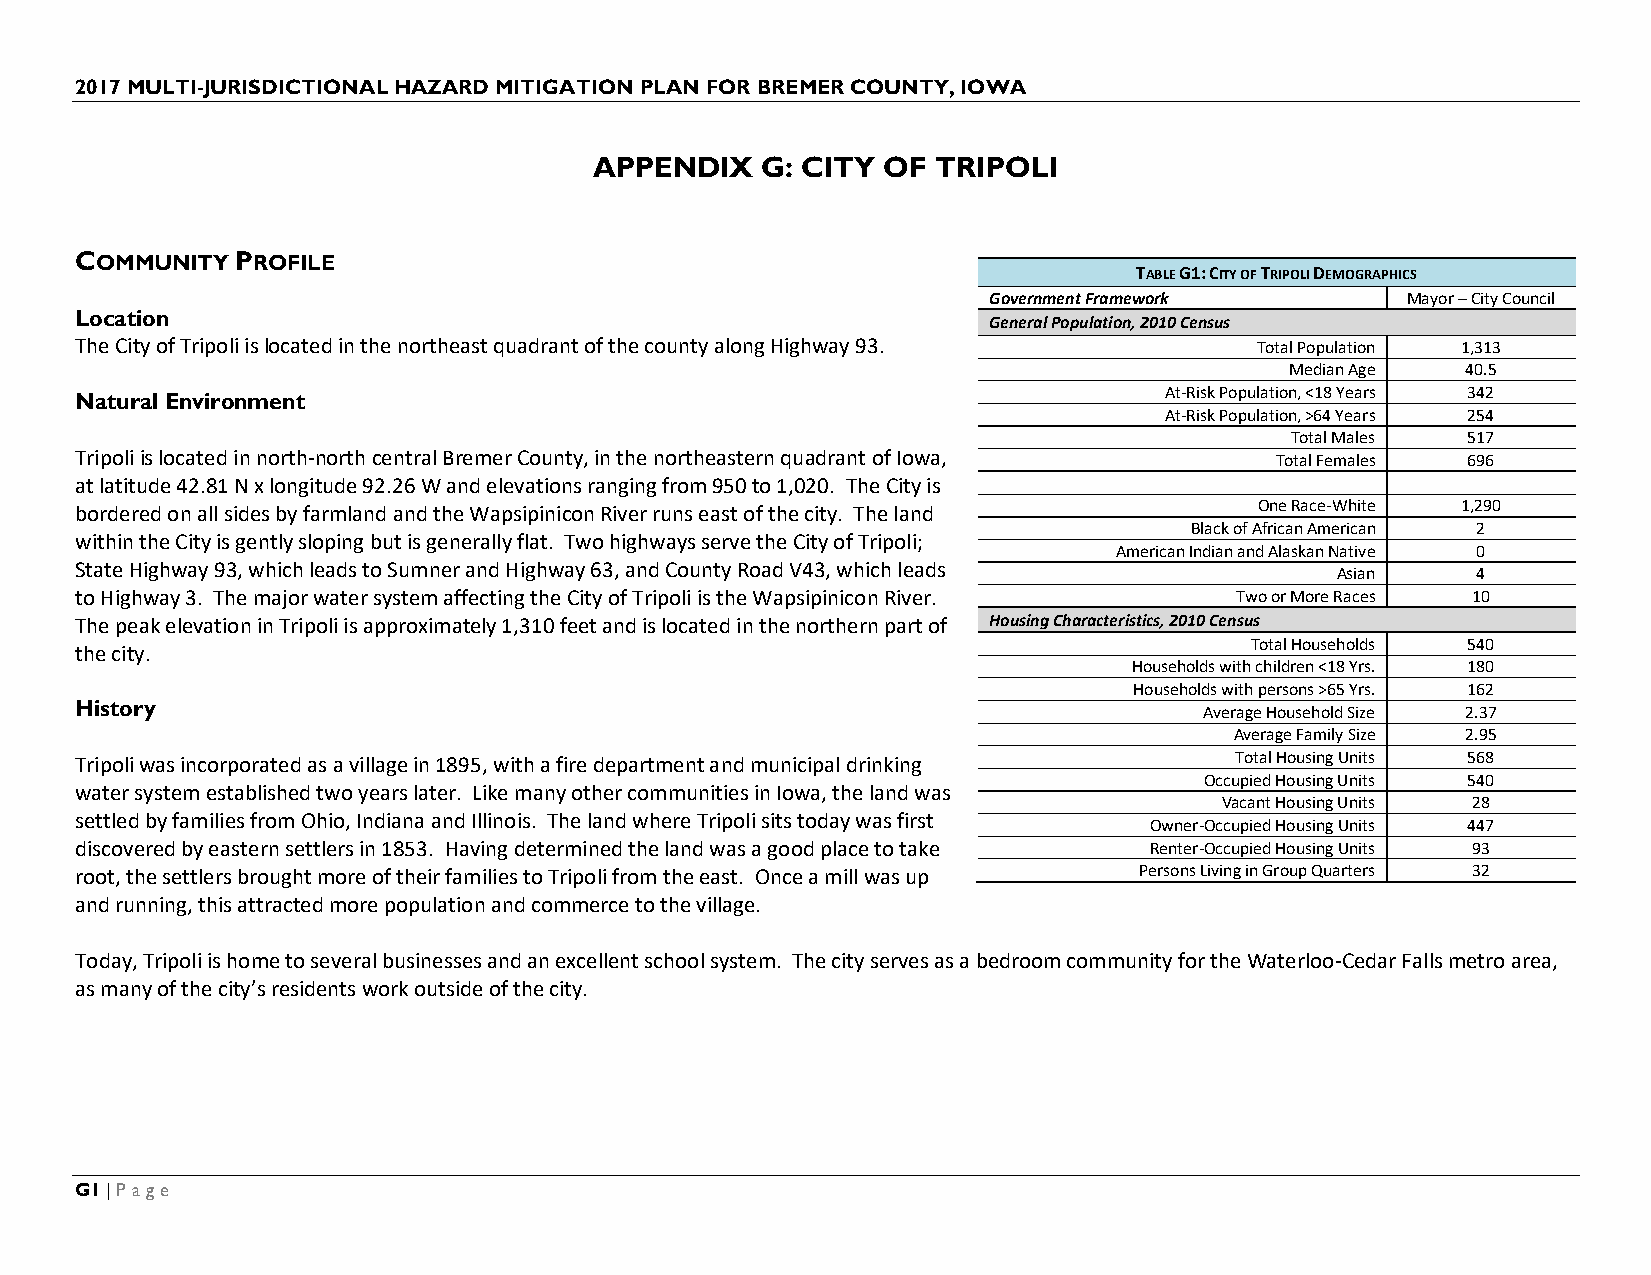
2017 MULTI-JURISDICTIONAL HAZARD MITIGATION PLAN FOR BREMER COUNTY, IOWA
 APPENDIX   G: CITY OF  TRIPOLI
 COMMUNITY  PROFILE
 TABLE G1: CITY OF TRIPOLI DEMOGRAPHICS
 Government Framework        Mayor – City Council
 Location
 General Population, 2010 Census
 The City of Tripoli is located in the northeast quadrant of the county along Highway 93. Total Population 1,313
 Median Age  40.5
 At-Risk Population, <18 Years 342
 Natural Environment
 At-Risk Population, >64 Years 254
 Total Males 517
 Tripoli is located in north-north central Bremer County, in the northeastern quadrant of Iowa, Total Females 696
 at latitude 42.81 N x longitude 92.26 W and elevations ranging from 950 to 1,020. The City is
 bordered on all sides by farmland and the Wapsipinicon River runs east of the city. The land One Race-White 1,290
 Black of African American 2
 within the City is gently sloping but is generally flat. Two highways serve the City of Tripoli;
 American Indian and Alaskan Native 0
 State Highway 93, which leads to Sumner and Highway 63, and County Road V43, which leads
 Asian     4
 to Highway 3. The major water system affecting the City of Tripoli is the Wapsipinicon River. Two or More Races 10
 The peak elevation in Tripoli is approximately 1,310 feet and is located in the northern part of Housing Characteristics, 2010 Census
 Total Households 540
 the city.
 Households with children <18 Yrs. 180
 Households with persons >65 Yrs. 162
 History                                                                    Average Household Size 2.37
 Average Family Size 2.95
 Tripoli was incorporated as a village in 1895, with a fire department and municipal drinking Total Housing Units 568
 Occupied Housing Units 540
 water system established two years later. Like many other communities in Iowa, the land was
 Vacant Housing Units 28
 settled by families from Ohio, Indiana and Illinois. The land where Tripoli sits today was first
 Owner-Occupied Housing Units 447
 discovered by eastern settlers in 1853. Having determined the land was a good place to take Renter-Occupied Housing Units 93
 root, the settlers brought more of their families to Tripoli from the east. Once a mill was up Persons Living in Group Quarters 32
 and running, this attracted more population and commerce to the village.
 Today, Tripoli is home to several businesses and an excellent school system. The city serves as a bedroom community for the Waterloo-Cedar Falls metro area,
 as many of the city’s residents work outside of the city.
 G1 | Page